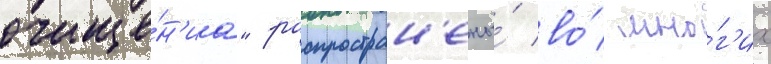
очище́н'иа" распростран'ены́ во́ мно́г'их